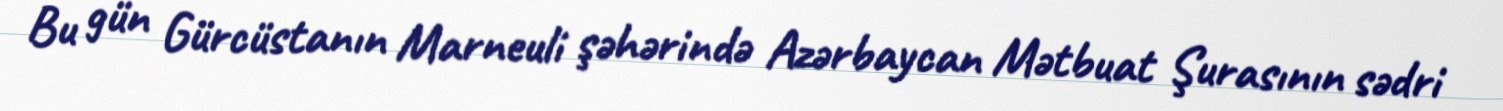
Bu gün Gürcüstanın Marneuli şəhərində Azərbaycan Mətbuat Şurasının sədri